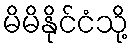
မိမိနိုင်ငံသို့